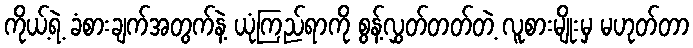
ကိုယ့်ရဲ့ ခံစားချက်အတွက်နဲ့ ယုံကြည်ရာကို စွန့်လွှတ်တတ်တဲ့ လူစားမျိုးမှ မဟုတ်တာ